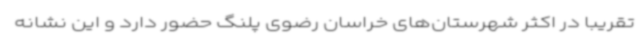
تقریبا در اکثر شهرستان‌های خراسان رضوی پلنگ حضور دارد و این نشانه